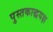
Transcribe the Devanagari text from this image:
पुस्तकाद्धयक्ष